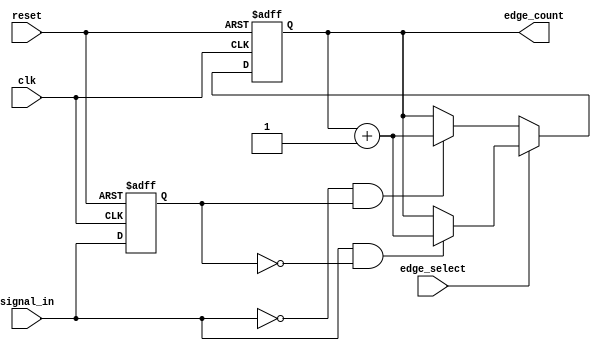
module edge_counter (
    input wire clk,            // Clock input signal
    input wire reset,          // Asynchronous reset
    input wire signal_in,      // Input signal to count edges of
    input wire edge_select,    // Edge selection control signal (1 for rising, 0 for falling)
    output reg [15:0] edge_count // 16-bit edge count output (adjust width as needed)
);

    reg signal_prev;           // Register to store the previous state of signal_in

    // Asynchronous reset and edge counting logic
    always @(posedge clk or posedge reset) begin
        if (reset) begin
            edge_count <= 16'b0; // Reset the count to zero
            signal_prev <= 1'b0; // Initialize previous signal state
        end else begin
            // Edge detection logic
            if (edge_select) begin
                // Rising edge detection
                if (signal_in && !signal_prev) begin
                    edge_count <= edge_count + 1; // Increment count on rising edge
                end
            end else begin
                // Falling edge detection
                if (!signal_in && signal_prev) begin
                    edge_count <= edge_count + 1; // Increment count on falling edge
                end
            end
            // Update previous state
            signal_prev <= signal_in;
        end
    end

endmodule